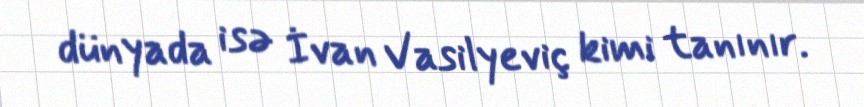
dünyada isə İvan Vasilyeviç kimi tanınır.